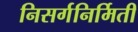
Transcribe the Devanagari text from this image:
निसर्गनिर्मिती